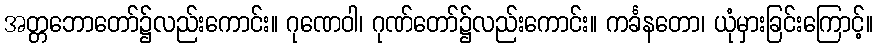
အတ္တဘောတော်၌လည်းကောင်း။ ဂုဏေဝါ၊ ဂုဏ်တော်၌လည်းကောင်း။ ကင်္ခနတော၊ ယုံမှားခြင်းကြောင့်။